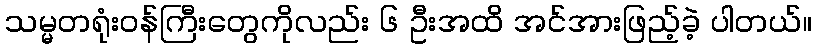
သမ္မတရုံးဝန်ကြီးတွေကိုလည်း ၆ ဦးအထိ အင်အားဖြည့်ခဲ့ ပါတယ်။